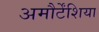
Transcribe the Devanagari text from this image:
अमौर्टेंशिया